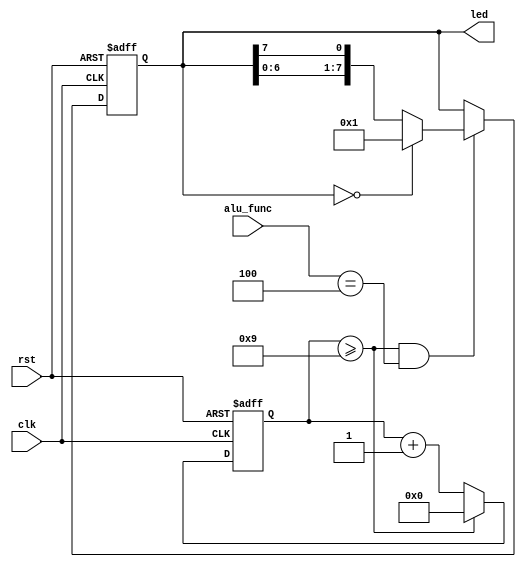
`timescale 1ns / 1ps

module water_led(

	input wire 	clk		,
	input wire	rst	,
	input [3:0] alu_func,
	output [7:0] led	
);

	parameter CNT_MAX = 32'd1_0;

	reg [31:0]	cnt_1s;//1s 
	wire 		flag_1s;

	reg [7:0]	led_reg=8'b00000000;

	always@(posedge clk or posedge rst)begin
		if(rst)
			cnt_1s <= 32'd0;
		else if(cnt_1s >= CNT_MAX - 32'd1) 
			cnt_1s <= 32'd0;
		else
			cnt_1s <= cnt_1s + 32'd1;
	end
	
	assign flag_1s = (cnt_1s >= CNT_MAX - 32'd1);
	// assign flag_1s = 1'b1;


	always@(posedge clk or posedge rst)begin
		if(rst)
			led_reg <= 8'b0000_0000;
		else if(flag_1s && (alu_func==4'b0100))
			if(led_reg == 8'b0000_0000)
				led_reg <= 8'b0000_0001;
			else
				led_reg <= {led_reg[6:0],led_reg[7]};
		else
			led_reg <= led_reg;
	end

	assign led = led_reg;
	
endmodule